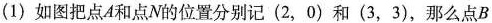
（1）如图把点A和点N的位置分别记（2，0）和（3，3），那么点B